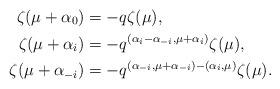
LaTeX: \begin{align*}\zeta (\mu+\alpha_0)&=-q \zeta (\mu), \\ \zeta (\mu+\alpha_i) &= -q^{(\alpha_i -\alpha_{-i}, \mu+\alpha_i)} \zeta (\mu), \\\zeta (\mu+\alpha_{-i}) &= -q^{(\alpha_{-i}, \mu+\alpha_{-i}) - (\alpha_{i}, \mu)} \zeta (\mu). \end{align*}